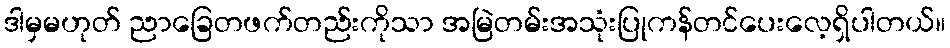
ဒါမှမဟုတ် ညာခြေတဖက်တည်းကိုသာ အမြဲတမ်းအသုံးပြုကန်တင်ပေးလေ့ရှိပါတယ်။